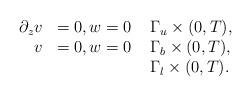
LaTeX: \begin{align*}\begin{array}{rll}\partial_z v & = 0, w=0 &\; \Gamma_u\times(0,T), \\ v & = 0, w=0 & \; \Gamma_b\times(0,T), \\& & \; \Gamma_l\times(0,T). \\\end{array}\end{align*}